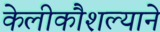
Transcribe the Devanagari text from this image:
केलीकौशल्याने